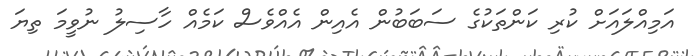
އަމިއްލައަށް ކުރި ކަންތަކުގެ ސަބަބުން އެއިން އެއްވެސް ކަމެއް ހާސިލު ނުވީމަ ތިޔަ